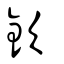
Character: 欽